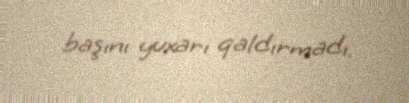
başını yuxarı qaldırmadı.